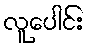
လူပေါင်း